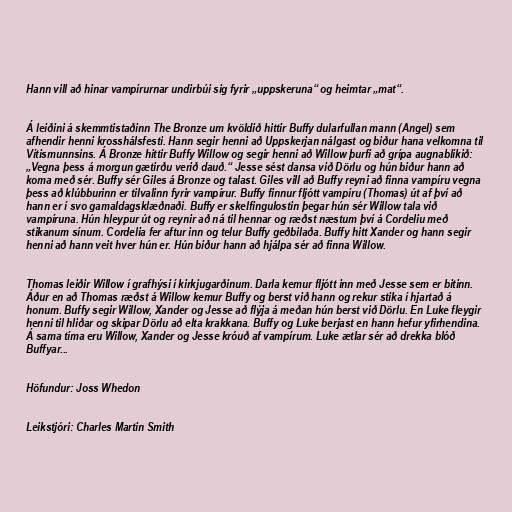
Hann vill að hinar vampírurnar undirbúi sig fyrir „uppskeruna“ og heimtar „mat“.

Á leiðini á skemmtistaðinn The Bronze um kvöldið hittir Buffy dularfullan mann (Angel) sem
afhendir henni krosshálsfesti. Hann segir henni að Uppskerjan nálgast og biður hana velkomna til
Vítismunnsins. Á Bronze hittir Buffy Willow og segir henni að Willow þurfi að grípa augnablikið:
„Vegna þess á morgun gætirðu verið dauð.“ Jesse sést dansa við Dörlu og hún biður hann að
koma með sér. Buffy sér Giles á Bronze og talast. Giles vill að Buffy reyni að finna vampíru vegna
þess að klúbburinn er tilvalinn fyrir vampírur. Buffy finnur fljótt vampíru (Thomas) út af því að
hann er í svo gamaldagsklæðnaði. Buffy er skelfingulostin þegar hún sér Willow tala við
vampíruna. Hún hleypur út og reynir að ná til hennar og ræðst næstum því á Cordeliu með
stikanum sínum. Cordelia fer aftur inn og telur Buffy geðbilaða. Buffy hitt Xander og hann segir
henni að hann veit hver hún er. Hún biður hann að hjálpa sér að finna Willow.

Thomas leiðir Willow í grafhýsi í kirkjugarðinum. Darla kemur fljótt inn með Jesse sem er bitinn.
Áður en að Thomas ræðst á Willow kemur Buffy og berst við hann og rekur stika í hjartað á
honum. Buffy segir Willow, Xander og Jesse að flýja á meðan hún berst við Dörlu. En Luke fleygir
henni til hliðar og skipar Dörlu að elta krakkana. Buffy og Luke berjast en hann hefur yfirhendina.
Á sama tíma eru Willow, Xander og Jesse króuð af vampírum. Luke ætlar sér að drekka blóð
Buffyar...

Höfundur: Joss Whedon

Leikstjóri: Charles Martin Smith